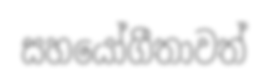
සහයෝගීතාවත්